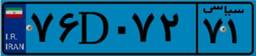
۵۳D۴۲۷۱۶